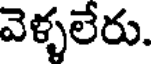
వెళ్ళలేరు.